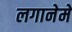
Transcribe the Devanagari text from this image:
लगानेमें